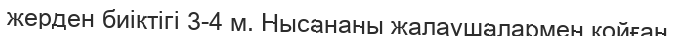
жерден биіктігі 3-4 м. Нысананы жалаушалармен қойған